Vaccination in Bombay 1874-1876 - 1874-1876
Year: 1874
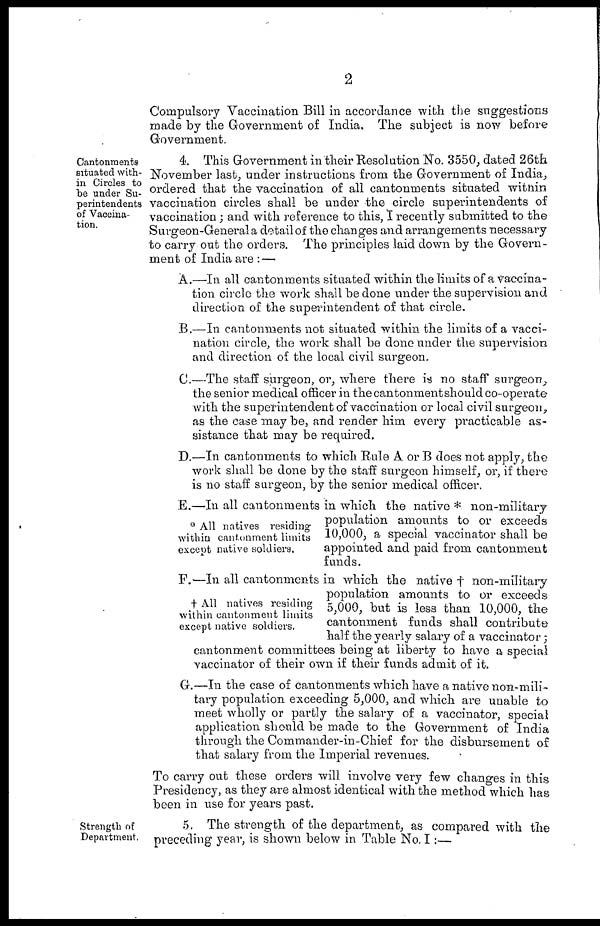
2
Compulsory Vaccination Bill in accordance with the suggestions
made by the Government of India. The subject is now before
Government.
Cantonments
situated with-
in Circles to
be under Su-
perintendents
of Vaccina-
tion.
4. This Government in their Resolution No. 3550, dated 26th
November last, under instructions from the Government of India,
ordered that the vaccination of all cantonments situated within
vaccination circles shall be under the circle superintendents of
vaccination; and with reference to this, I recently submitted to the
Surgeon-General a detail of the changes and arrangements necessary
to carry out the orders. The principles laid down by the Govern-
ment of India are : —
A.—In all cantonments situated within the limits of a vaccina-
tion circle the work shall be done under the supervision and
direction of the superintendent of that circle.
B.—In cantonments not situated within the limits of a vacci-
nation circle, the work shall be done under the supervision
and direction of the local civil surgeon.
C.—The staff surgeon, or, where there is no staff surgeon,
the senior medical officer in the cantonment should co-operate
with the superintendent of vaccination or local civil surgeon,
as the case may be, and render him every practicable as-
sistance that may be required.
D.—In cantonments to which Rule A or B does not apply, the
work shall be done by the staff surgeon himself, or, if there
is no staff surgeon, by the senior medical officer.
* All natives residing
within cantonment limits
except native soldiers.
E.—In all cantonments in which the native * non-military
population amounts to or exceeds
10,000, a special vaccinator shall be
appointed and paid from cantonment
funds.
† All natives residing
within cantonment limits
except native soldiers.
F.—In all cantonments in which the native † non-military
population amounts to or exceeds
5,000, but is less than 10,000, the
cantonment funds shall contribute
half the yearly salary of a vaccinator;
cantonment committees being at liberty to have a special
vaccinator of their own if their funds admit of it.
G.—In the case of cantonments which have a native non-mili-
tary population exceeding 5,000, and which are unable to
meet wholly or partly the salary of a vaccinator, special
application should be made to the Government of India
through the Commander-in-Chief for the disbursement of
that salary from the Imperial revenues.
To carry out these orders will involve very few changes in this
Presidency, as they are almost identical with the method which has
been in use for years past.
Strength of
Department.
5. The strength of the department, as compared with the
preceding year, is shown below in Table No. I:—